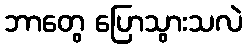
ဘာတွေ ပြောသွားသလဲ